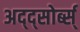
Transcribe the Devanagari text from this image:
अद्द्सोर्ब्स्